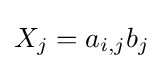
X_{j}=a_{i,j}b_{j}